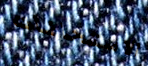
الامتحانات